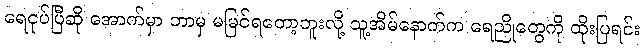
ရေငုပ်ပြီဆို အောက်မှာ ဘာမှ မမြင်ရတော့ဘူးလို့ သူ့အိမ်နောက်က ရေညိုတွေကို ထိုးပြရင်း